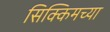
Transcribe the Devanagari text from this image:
सिक्किमच्या